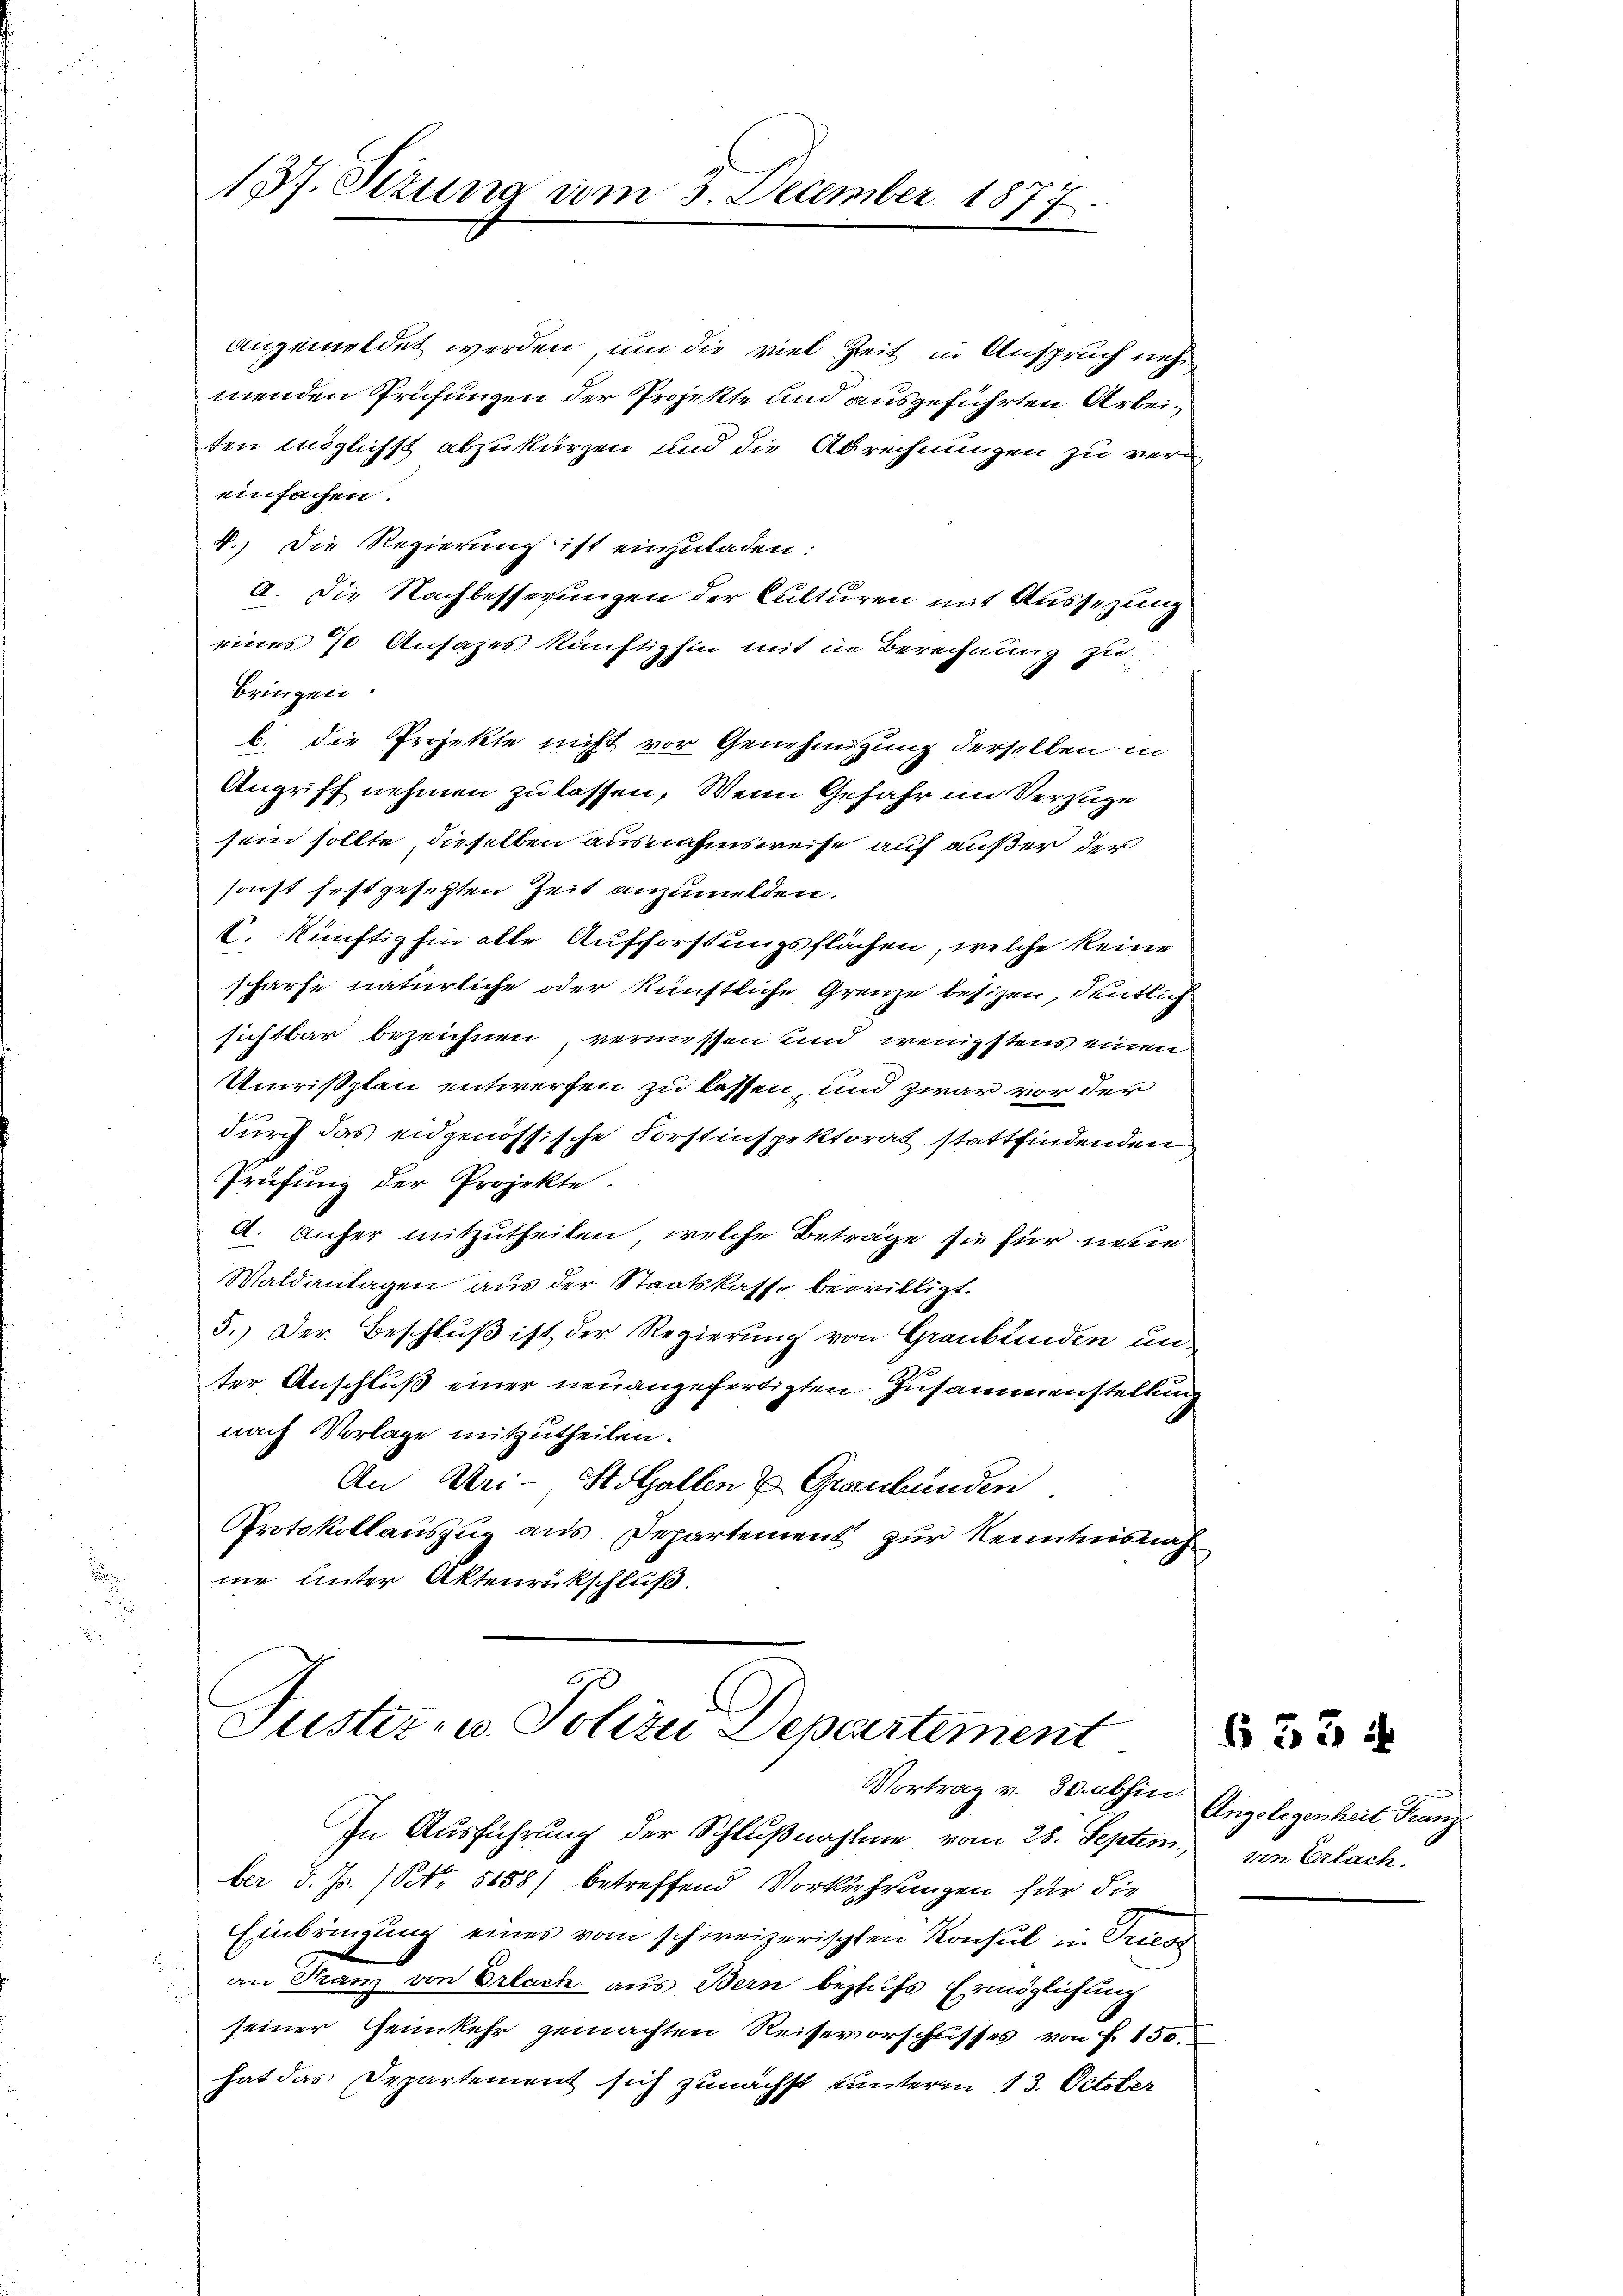
137. Stzung vom 3. December 1877

angemeldet werden, um die viel Zeit in Anspruch nehmenden Prüfungen der Projekte und ausgeführten Arbeiten möglichst abzukürzen und die Abrechnungen zu vereinfachen.
4.) Die Regierung ist einzuladen:
a. Die Nachbesserungen der Culturen mit Aussezung
eines 70 Ansazes künftighin mit in Berechnung zu
bringen.
b. die Projekte nicht vor Genehmigung derselben in
Angriff nehmen zu lassen. Wenn Gefahr im Versage
sein sollte, dieselben ausnahmsweise auf außer der
sonst festgesetzten Zeit anzumelden.
C. künftighin alle Aufforstungsflächen, welche keine
scharfe natürliche oder künstliche Grenze besizen, deutlich
sichtbar bezeichnen, vermessen und wenigstens einen
Umrissplan entwerfen zu lassen, und zwar vor der
durch das eidgenössische Forstinspektorat stattfindenden
Prüfung der Projekte.
A. anher mitzutheilen, welche Beträge sie für neue
Waldanlagen aus der Staatskasse bewilligt.
5.) Der Beschluß ist der Regierung von Graubünden unter Anschluß einer neuangefertigten Zusammenstellung
nach Vorlage mitzutheilen.
An Uri- Holzallen & Graubünden.
Protokollauszug aus Departement zur Kenntnisnah
me unter Aktenrückschluß.

Justiz- u. Polizei Departement

Vortrag v. 30. abhin Angelegenheit, Franz
In Ausführung der Schlußnahme vom 28. Septem, von Erlach.
ber d. Js. (Nr. 5658) betreffend Vorkehrungen für die
Einbringung eines vom schweizerischen Konsul in Triess
an Franz von Erlach aus Bern beziehs Ermöglichung
seiner Heimkehr gemachten Reisevorschusses von f. 150
hat das Departement sich zunächst unterm 13. October

633 ff.